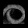
Digit: ၀